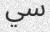
سي